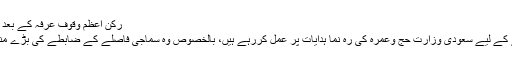
رکنِ اعظم وقوفِ عرفہ کے بعد حجاج نے مزدلفہ میں رات گزاری
جاج کرام کرونا وائرس سے بچنے کے لیے سعودی وزارت حج وعمرہ کی رہ نما ہدایات پر عمل کررہے ہیں، بالخصوص وہ سماجی فاصلے کے ضابطے کی بڑے منظم انداز میں پاسداری کررہے ہیں۔